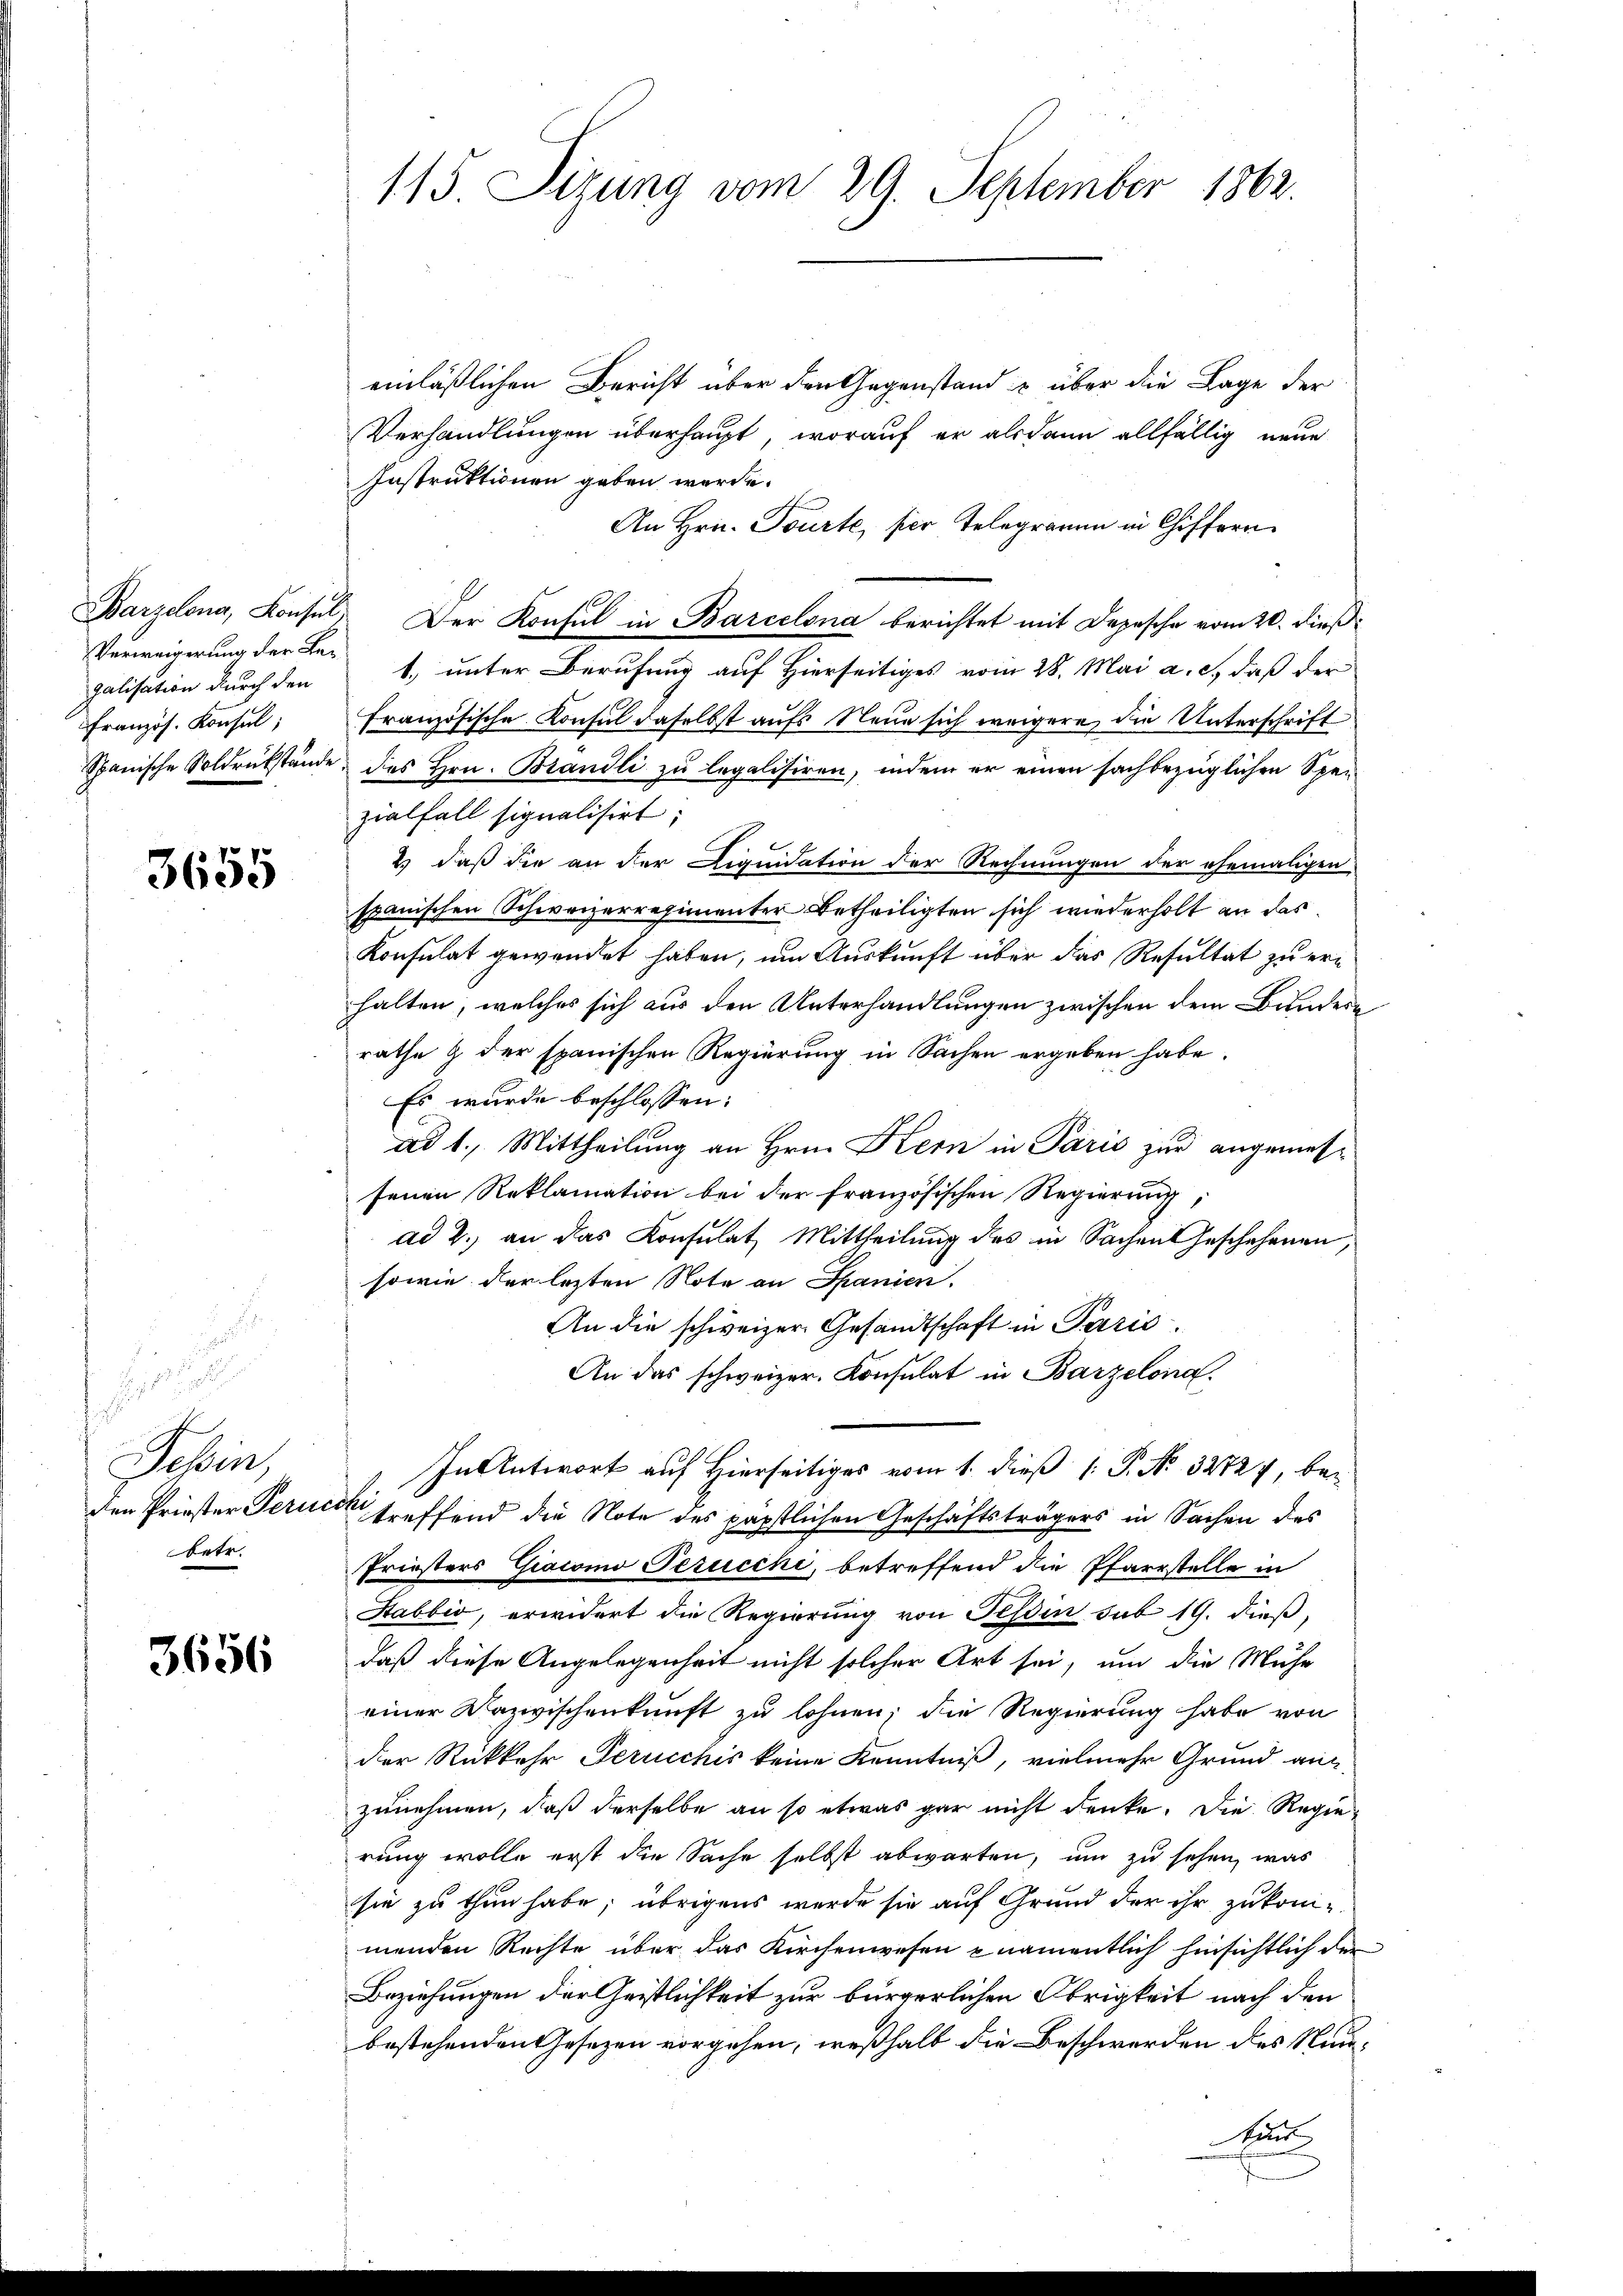
Verweigerung der Begalisation durch den
Französ. Konsul,

3655

.
Sehen,
betr.

3656

einläßlichen Bericht über den Gegenstand u über die Lage der
Verhandlungen überhaupt, worauf er alsdann allfällig neue
Instruktionen geben werde.
An Hrn. Tourte, ser Telegramm in Chiffern
Barzelona, Konsul Der Konsul in Barcelona berichtet mit Depesche vom 20. dieß:
1. unter Berufung auf Hierseitiges vom 28. Mai a. c., daß der
französische Konsul daselbst aufs Neue sich weigere die Unterschrift
Spanische Soldrükstände des Hrn. Brandli zŭ legalisiren, indem er einen sachbezüglichen Spezialfall signalisirt.
2.) daß die an der Liquidation der Rechnungen der ehemaligen
spanischen Schweizerregimenter Betheiligten sich wiederholt an das
Konsulat gewendet haben, um Auskunft über das Resultat zu erhalten, welches sich aus den Unterhandlungen zwischen dem Bundern
rathe & der spanischen Regierung in Sachen ergeben habe.
Es wurde beschlossen:
ad 1., Mittheilung an Hrn. Kern in Paris zur angemesfenen Reklamation bei der französischen Regierung,
ad 2.) an das Konsulat, Mittheilung des in Sachen Geschehenen,
sowie der lezten Note an Spanien.
An die schweizer Gesandtschaft in Paris
An das schweizer. Konsulat in Barzelona.
In Antwort auf Hierseitiges vom 1. dieß P. No. 32727, beden Priester Perueck, treffend die Note des päpstlichen Geschäftsträgers in Sachen des
Priesters Giacomo Perucchi, betreffend die Pfarrstelle in
Stabbio, erwidert die Regierung von Tessin sub 19. dieß,
daß diese Angelegenheit nicht solcher Art sei, um die Mühe
einer Dazwischenkunft zu lohnen; die Regierung habe von
der Rückkehr Peruechis keine Kenntniß, vielmehr Grund auc
zunehmen, daß derselbe an so etwas gar nicht denke. Die Regierung wolle erst die Sache selbst abwarten, um zu sehen, was
sie zu thun habe; übrigens wurde sie auf Grund der ihr zukom-
menden Rechte über das Kirchenwesen namentlich hinsichtlich der
Beziehungen der Geistlichkeit zur bürgerlichen Obrigkeit nach den
bestehenden Gesetzen vorgehen, weßhalb die Beschwerden des Neu¬
Aus

115. Sizung vom 29. September 1862.